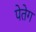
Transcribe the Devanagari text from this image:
पेतेग